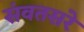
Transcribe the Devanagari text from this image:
संवतसरे